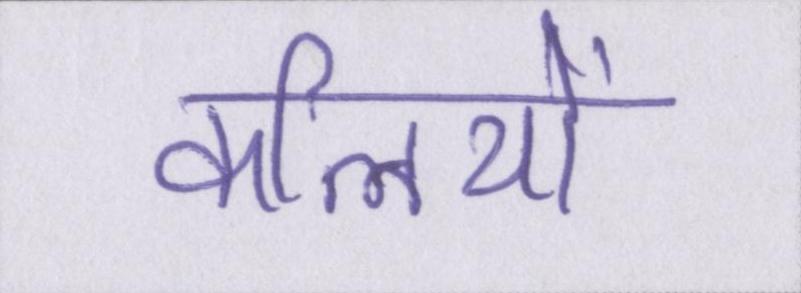
कलियों